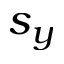
s _ { y }